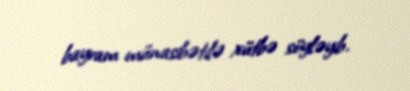
bayram münasibətilə xütbə söyləyib.